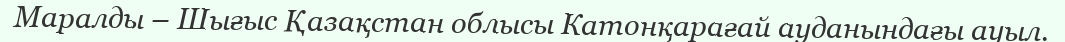
Маралды – Шығыс Қазақстан облысы Катонқарағай ауданындағы ауыл.